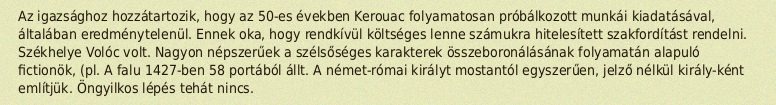
Az igazsághoz hozzátartozik, hogy az 50-es években Kerouac folyamatosan próbálkozott munkái kiadatásával, általában eredménytelenül. Ennek oka, hogy rendkívül költséges lenne számukra hitelesített szakfordítást rendelni. Székhelye Volóc volt. Nagyon népszerűek a szélsőséges karakterek összeboronálásának folyamatán alapuló fictionök, (pl. A falu 1427-ben 58 portából állt. A német-római királyt mostantól egyszerűen, jelző nélkül király-ként említjük. Öngyilkos lépés tehát nincs.